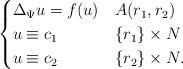
\begin{align*}\begin{cases} \Delta_\Psi u = f (u) & A(r_{1},r_{2}) \\ u \equiv c_{1} & \{ r_{1} \}\times N \\ u \equiv c_{2} &\{r_{2}\} \times N.\end{cases}\end{align*}